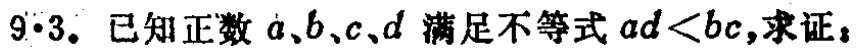
$9\cdot3.$ 已知正数 \(a,b,c,d\) 满足不等式 \(ad < bc\)，求证：